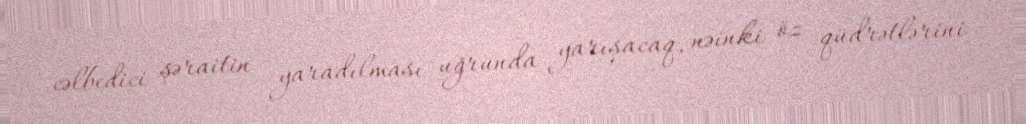
cəlbedici şəraitin yaradılması uğrunda yarışacaq, nəinki öz qüdrətlərini